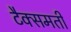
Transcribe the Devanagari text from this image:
टैक्समती